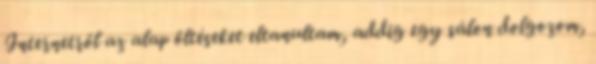
Internetről az alap öltéseket eltanultam, addig egy sálon dolgozom,